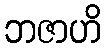
ဘဇာဟိ